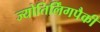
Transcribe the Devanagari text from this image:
ज्योतिर्लिंगपैकी